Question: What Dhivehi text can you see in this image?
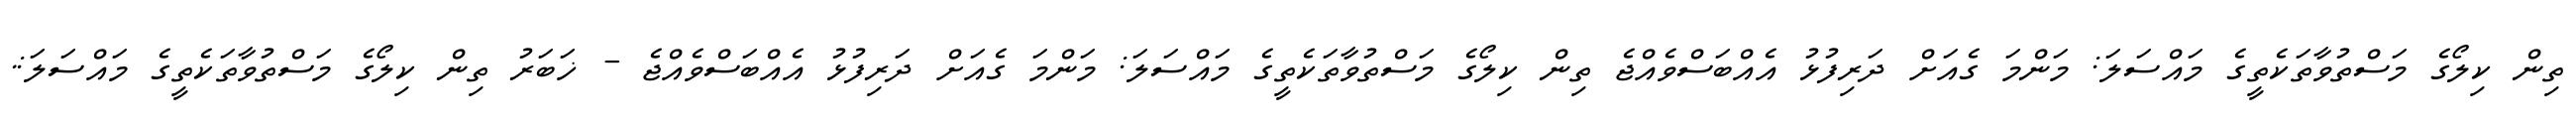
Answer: ތިން ކިލޯގެ މަސްތުވާތަކެތީގެ މައްސަލަ: މަންމަ ގެއަށް ދަރިފުޅު އެއްބަސްވެއްޖެ ތިން ކިލޯގެ މަސްތުވާތަކެތީގެ މައްސަލަ: މަންމަ ގެއަށް ދަރިފުޅު އެއްބަސްވެއްޖެ - ޚަބަރު ތިން ކިލޯގެ މަސްތުވާތަކެތީގެ މައްސަލަ:.